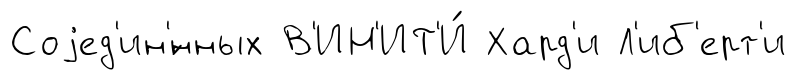
Соjед'ин'́нных В'ИН'ИТ'И́ Хард'и Л'иб'ерт'и